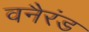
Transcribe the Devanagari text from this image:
वनैरंड